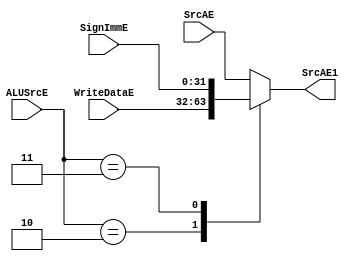
`timescale 1ns / 1ps
//////////////////////////////////////////////////////////////////////////////////
// Company: 
// Engineer: 
// 
// Design Name: 
// Module Name:    mux_ALUSrcE_A 
// Project Name: 
// Target Devices: 
// Tool versions: 
// Description: 
//
// Dependencies: 
//
// Revision: 
// Revision 0.01 - File Created
// Additional Comments: 
//
//////////////////////////////////////////////////////////////////////////////////
module mux_ALUSrcE_A(
	input wire [31:0]SrcAE,
	input wire [31:0]WriteDataE,
	input wire [31:0]SignImmE,
	input wire [1:0]ALUSrcE,
	output reg [31:0]SrcAE1
);
	 
	 always@(*)
	 begin
			/*
			if(ALUSrcE == 2'b10)
			begin
				SrcAE1 <= WriteDataE;
			end
			else
			begin
				SrcAE1 <= SrcAE;
			end
			*/
		case(ALUSrcE)
			2'b10:								
			begin
				SrcAE1 <= WriteDataE;
			end
			2'b11:								
			begin
				SrcAE1 <= SignImmE;
			end
			default:
				SrcAE1 <= SrcAE;
		endcase
	 end


endmodule